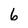
Character: 6